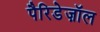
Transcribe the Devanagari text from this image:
पैरिडेज़ॉल